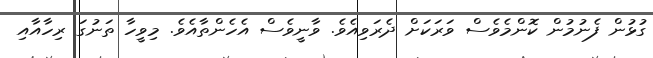
ގުޅުން ފެނުމުން ކޮންމެވެސް ވަރަކަށް ދެރަވިއެވެ. ވާނީވެސް އެހެންތާއެވެ. މިވީހާ ތަނުގަ ރިހާއާއި